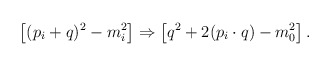
\begin{align*}\left[ (p_i+q)^2 - m_i^2 \right]\Rightarrow\left[ q^2 + 2 (p_i\cdot q) - m_0^2 \right] .\end{align*}